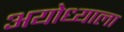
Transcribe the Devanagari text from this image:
अयोध्याला